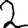
Digit: 2